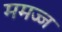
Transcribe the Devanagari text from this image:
ममज्ज